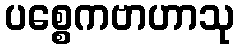
ပစ္စေကဗာဟာသု